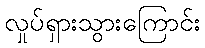
လှုပ်ရှားသွားကြောင်း